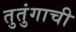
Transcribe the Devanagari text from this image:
तुतुंगाची